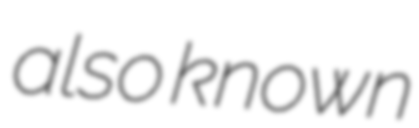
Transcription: also known